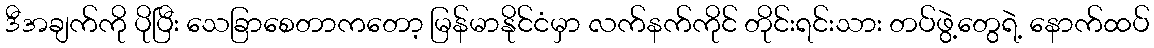
ဒီအချက်ကို ပိုပြီး သေခြာစေတာကတော့ မြန်မာနိုင်ငံမှာ လက်နက်ကိုင် တိုင်းရင်းသား တပ်ဖွဲ့တွေရဲ့ နောက်ထပ်